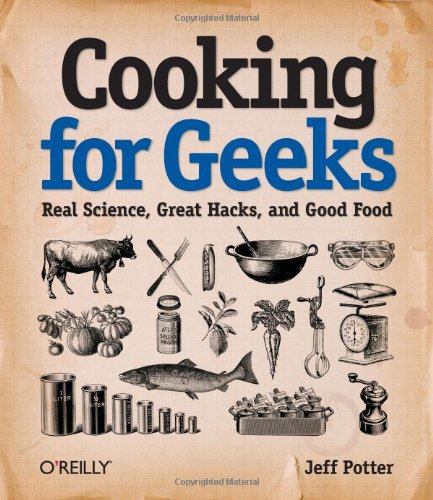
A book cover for Cooking for Geeks: Real Science, Great Hacks, and Good Food; Jeff Potter; Computers & Technology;